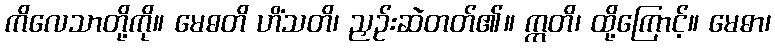
ကိလေသာတို့ကို။ မေဓတိ ဟိံသတိ၊ ညှဉ်းဆဲတတ်၏။ ဣတိ၊ ထို့ကြောင့်။ မေဓာ၊